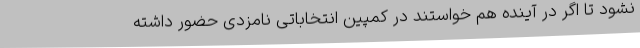
نشود تا اگر در آینده هم خواستند در کمپین انتخاباتی نامزدی حضور داشته